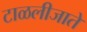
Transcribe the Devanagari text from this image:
टाळलीजाते